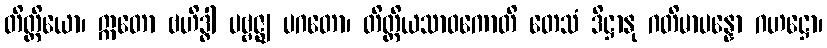
တိတ္ထိယော၊ ဣတော ဗဟိဒ္ဓါ ပဗ္ဗဇ္ဈ ပဂတော၊ တိတ္ထိယသာဝကောတိ တေသံ ဒိဋ္ဌာနု ဂတိမာပန္နော ဂဟဋ္ဌော၊